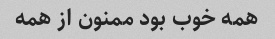
همه خوب بود ممنون از همه